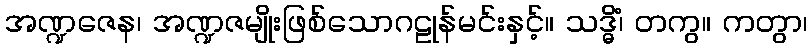
အဏ္ဍဇေန၊ အဏ္ဍဇမျိုးဖြစ်သောဂဠုန်မင်းနှင့်။ သဒ္ဓိံ၊ တကွ။ ကတွာ၊